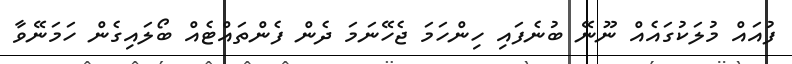
ފުއައް މުލަކުގައެއް ނޫނޭ ބުނެފައި ހިންހަމަ ޖެހޭނަމަ ދެން ފެންތައްޓެއް ބޯލައިގެން ހަމަނޭވާ